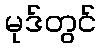
မုဒ်တွင်